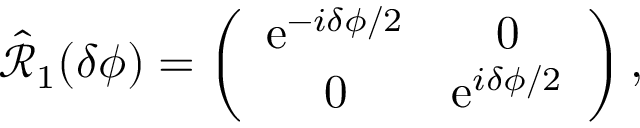
\begin{array} { r } { \hat { \mathcal { R } } _ { 1 } ( \delta \phi ) = \left( \begin{array} { c c } { \mathrm { e } ^ { - i \delta \phi / 2 } } & { 0 } \\ { 0 } & { \mathrm { e } ^ { i \delta \phi / 2 } } \end{array} \right) , } \end{array}